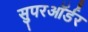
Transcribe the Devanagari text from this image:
सुपरऑर्डर